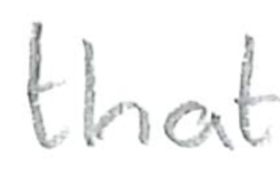
Text: that
Cross-out: clean
Writing tool: pencil